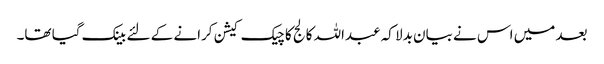
بعد میں اس نے بیان بدلا کہ عبداللہ کالج کا چیک کیشن کرانے کے لئے بینک گیا تھا۔